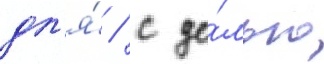
дл'я́ / с це́лью